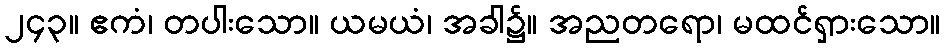
၂၄၃။ ဧကံ၊ တပါးသော။ ယမယံ၊ အခါ၌။ အညတရော၊ မထင်ရှားသော။